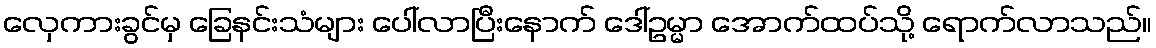
လှေကားခွင်မှ ခြေနင်းသံများ ပေါ်လာပြီးနောက် ဒေါ်ဥမ္မာ အောက်ထပ်သို့ ရောက်လာသည်။